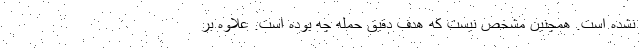
نشده است. همچنین مشخص نیست که هدف دقیق حمله چه بوده است. علاوه بر